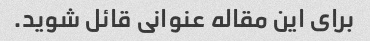
برای این مقاله عنوانی قائل شوید.